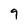
Character: 9